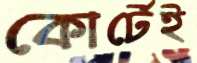
কোর্টেই